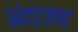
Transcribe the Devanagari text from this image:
अंदाजच